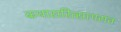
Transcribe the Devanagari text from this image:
कथासरित्सागरांत